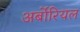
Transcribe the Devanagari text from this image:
अर्बोरियल